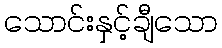
သောင်းနှင့်ချီသော